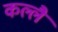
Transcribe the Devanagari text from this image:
कल्लै